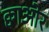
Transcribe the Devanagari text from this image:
क्वाओर